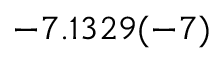
- 7 . 1 3 2 9 ( - 7 )